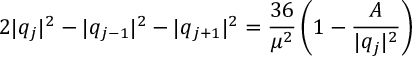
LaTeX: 2 | q _ { j } | ^ { 2 } - | q _ { j - 1 } | ^ { 2 } - | q _ { j + 1 } | ^ { 2 } = { \frac { 3 6 } { \mu ^ { 2 } } } \left( 1 - { \frac { A } { | q _ { j } | ^ { 2 } } } \right)